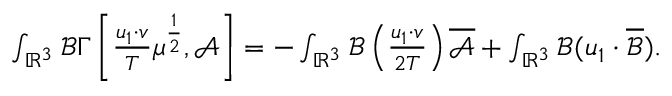
\begin{array} { r } { \int _ { \mathbb { R } ^ { 3 } } \mathscr { B } \Gamma \left[ \frac { u _ { 1 } \cdot v } { T } \mu ^ { \frac { 1 } { 2 } } , \mathscr { A } \right] = - \int _ { \mathbb { R } ^ { 3 } } \mathscr { B } \left( \frac { u _ { 1 } \cdot v } { 2 T } \right) \overline { { \mathscr { A } } } + \int _ { \mathbb { R } ^ { 3 } } \mathscr { B } ( u _ { 1 } \cdot \overline { \mathscr { B } } ) . } \end{array}